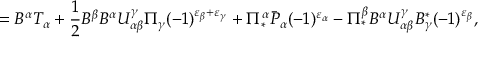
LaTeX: = B ^ { \alpha } { \cal T } _ { \alpha } + \frac { 1 } { 2 } B ^ { \beta } B ^ { \alpha } U _ { \alpha \beta } ^ { \gamma } \Pi _ { \gamma } ( - 1 ) ^ { \varepsilon _ { \beta } + \varepsilon _ { \gamma } } + \Pi _ { * } ^ { \alpha } \bar { \cal P } _ { \alpha } ( - 1 ) ^ { \varepsilon _ { \alpha } } - \Pi _ { * } ^ { \beta } B ^ { \alpha } U _ { \alpha \beta } ^ { \gamma } B _ { \gamma } ^ { * } ( - 1 ) ^ { \varepsilon _ { \beta } } ,